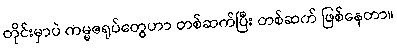
တိုင်းမှာပဲ ကမ္မဇရုပ်တွေဟာ တစ်ဆက်ပြီး တစ်ဆက် ဖြစ်နေတာ။